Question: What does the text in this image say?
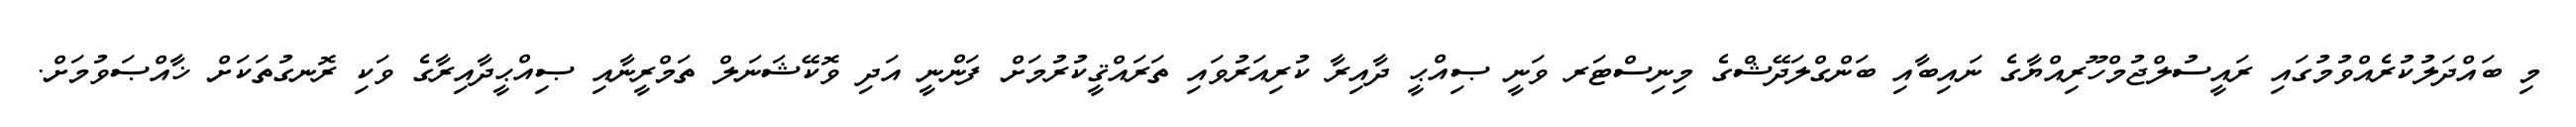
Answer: މި ބައްދަލުކުރެއްވުމުގައި ރައީސުލްޖުމްހޫރިއްޔާގެ ނައިބާއި ބަންގްލަދޭޝްގެ މިނިސްޓަރ ވަނީ ޞިއްޙީ ދާއިރާ ކުރިއަރުވައި ތަރައްޤީކުރުމަށް ފަންނީ އަދި ވޮކޭޝަނަލް ތަމްރީނާއި ޞިއްޙީދާއިރާގެ ވަކި ރޮނގުތަކަށް ޚާއްޞަވުމަށް.